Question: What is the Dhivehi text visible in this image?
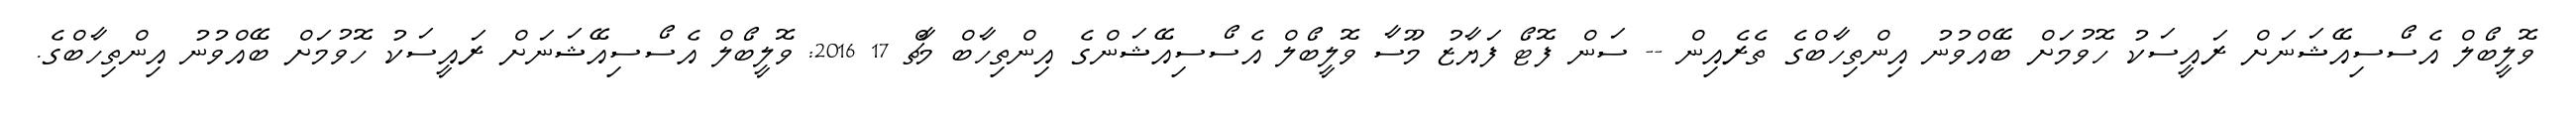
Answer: ވޮލީބޯލް އެސޯސިއޭޝަނަށް ރައީސަކު ހޮވުމަށް ބޭއްވުނު އިންތިހާބްގެ ތެރެއިން -- ސަން ފޮޓޯ ފަޔާޒު މޫސާ ވޮލީބޯލް އެސޯސިއޭޝަންގެ އިންތިހާބް މާޗް 17 2016: ވޮލީބޯލް އެސޯސިއޭޝަނަށް ރައީސަކު ހޮވުމަށް ބޭއްވުނު އިންތިހާބްގެ.